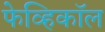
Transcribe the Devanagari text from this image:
फेव्हिकॉल